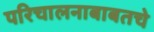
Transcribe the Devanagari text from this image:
परिचालनाबाबतचे